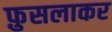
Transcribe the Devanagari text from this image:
फ़ुसलाकर